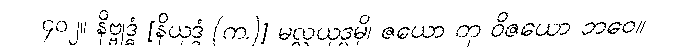
၄၀၂။ နိဗ္ဗုဒ္ဓံ [နိယုဒ္ဓံ (က.)] မလ္လယုဒ္ဓမှိ၊ ဇယော တု ဝိဇယော ဘဝေ။